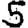
Digit: 5